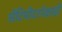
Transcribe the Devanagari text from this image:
सेंटिमीटरपेक्षाही